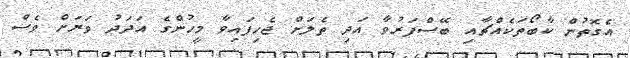
އެގޮތުން ކާބޯތަކެއްޗާއި ބޭސްފަރުވާ އަދި ތެލަށް ޖެހިފައިވާ މީހުންގެ އަދަދު ވަރަށް ވެސް